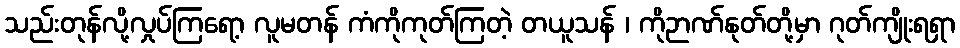
သည်းတုန်လို့လှုပ်ကြရော့ လူမတန် ကံကိုကုတ်ကြတဲ့ တယူသန် ၊ ကိုဉာဏ်နုတ်တို့မှာ ဂုတ်ကျိုးရရှာ